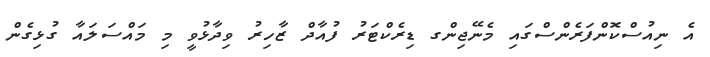
އެ ނިއުސްކޮންފަރެންސްގައި މެނޭޖިންގ ޑިރެކްޓަރު ފުއާދް ޒާހިރު ވިދާޅުވީ މި މައްސަލައާ ގުޅިގެން